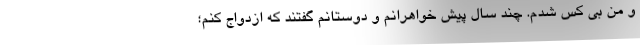
و من بی کس شدم. چند سال پیش خواهرانم و دوستانم گفتند که ازدواج کنم؛